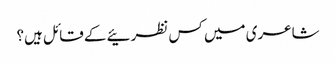
شاعری میں کس نظرئیے کے قائل ہیں؟